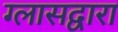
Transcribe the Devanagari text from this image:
ग्लासद्वारा